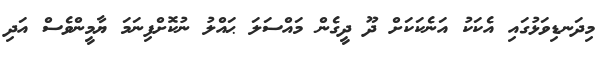
މިދަނޑިވަޅުގައި އެކަކު އަނެކަކަށް ދޫ ދީގެން މައްސަލަ ޙައްލު ނުކޮށްފިނަމަ ޔާމީންވެސް އަދި